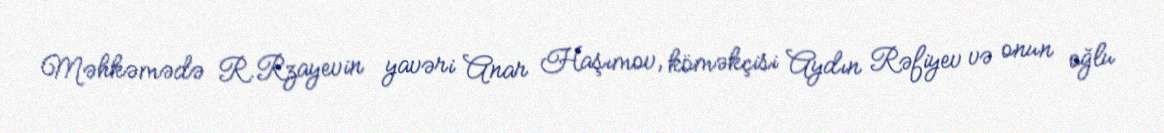
Məhkəmədə R.Rzayevin yavəri Anar Haşımov, köməkçisi Aydın Rəfiyev və onun oğlu